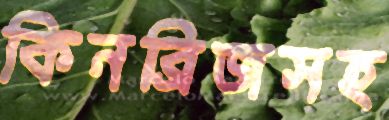
কিনব্রিজসহ